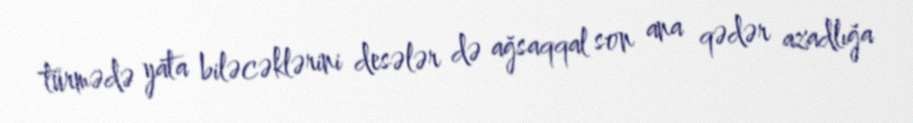
türmədə yata biləcəklərini desələr də ağsaqqal son ana qədər azadlığa